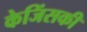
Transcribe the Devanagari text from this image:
केजिंसकी